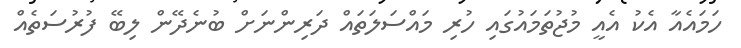
ހަމައެއާ އެކު އެއީ މުޖުތަމައުގައި ހުރި މައްސަލަތައް ދަރިންނަށް ބުނެދޭން ލިބޭ ފުރުސަތެއް